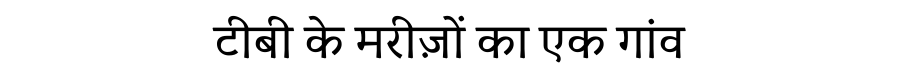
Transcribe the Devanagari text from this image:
टीबी के मरीज़ों का एक गांव